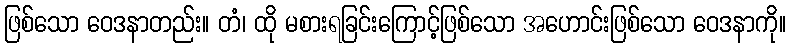
ဖြစ်သော ဝေဒနာတည်း။ တံ၊ ထို မစားရခြင်းကြောင့်ဖြစ်သော အဟောင်းဖြစ်သော ဝေဒနာကို။